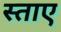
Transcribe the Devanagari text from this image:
स्ताए